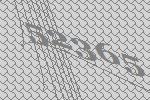
52365